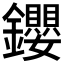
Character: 𨰃